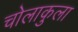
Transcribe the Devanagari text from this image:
चोलाकुला